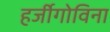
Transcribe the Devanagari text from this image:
हर्जीगोविना